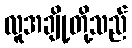
လူအချို့တို့သည်